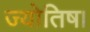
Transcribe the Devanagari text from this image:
ज्‍योतिष।